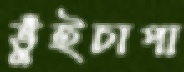
ভুঁইচাপা